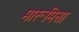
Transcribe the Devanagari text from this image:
मारूमिसा